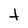
Character: t